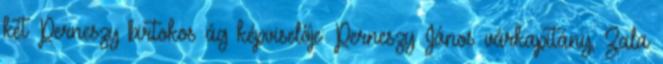
két Perneszy birtokos ág képviselője: Perneszy János várkapitány, Zala